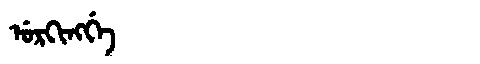
Manchu: ᡠᡵᡴᡳᠩᡤᡝ
Romanization: URKINGGE